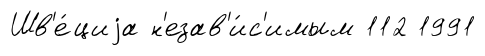
Шв'е́циjа н'езав'и́с'имым 112 1991